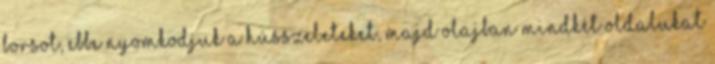
borsot, ebbe nyomkodjuk a hússzeleteket, majd olajban mindkét oldalukat